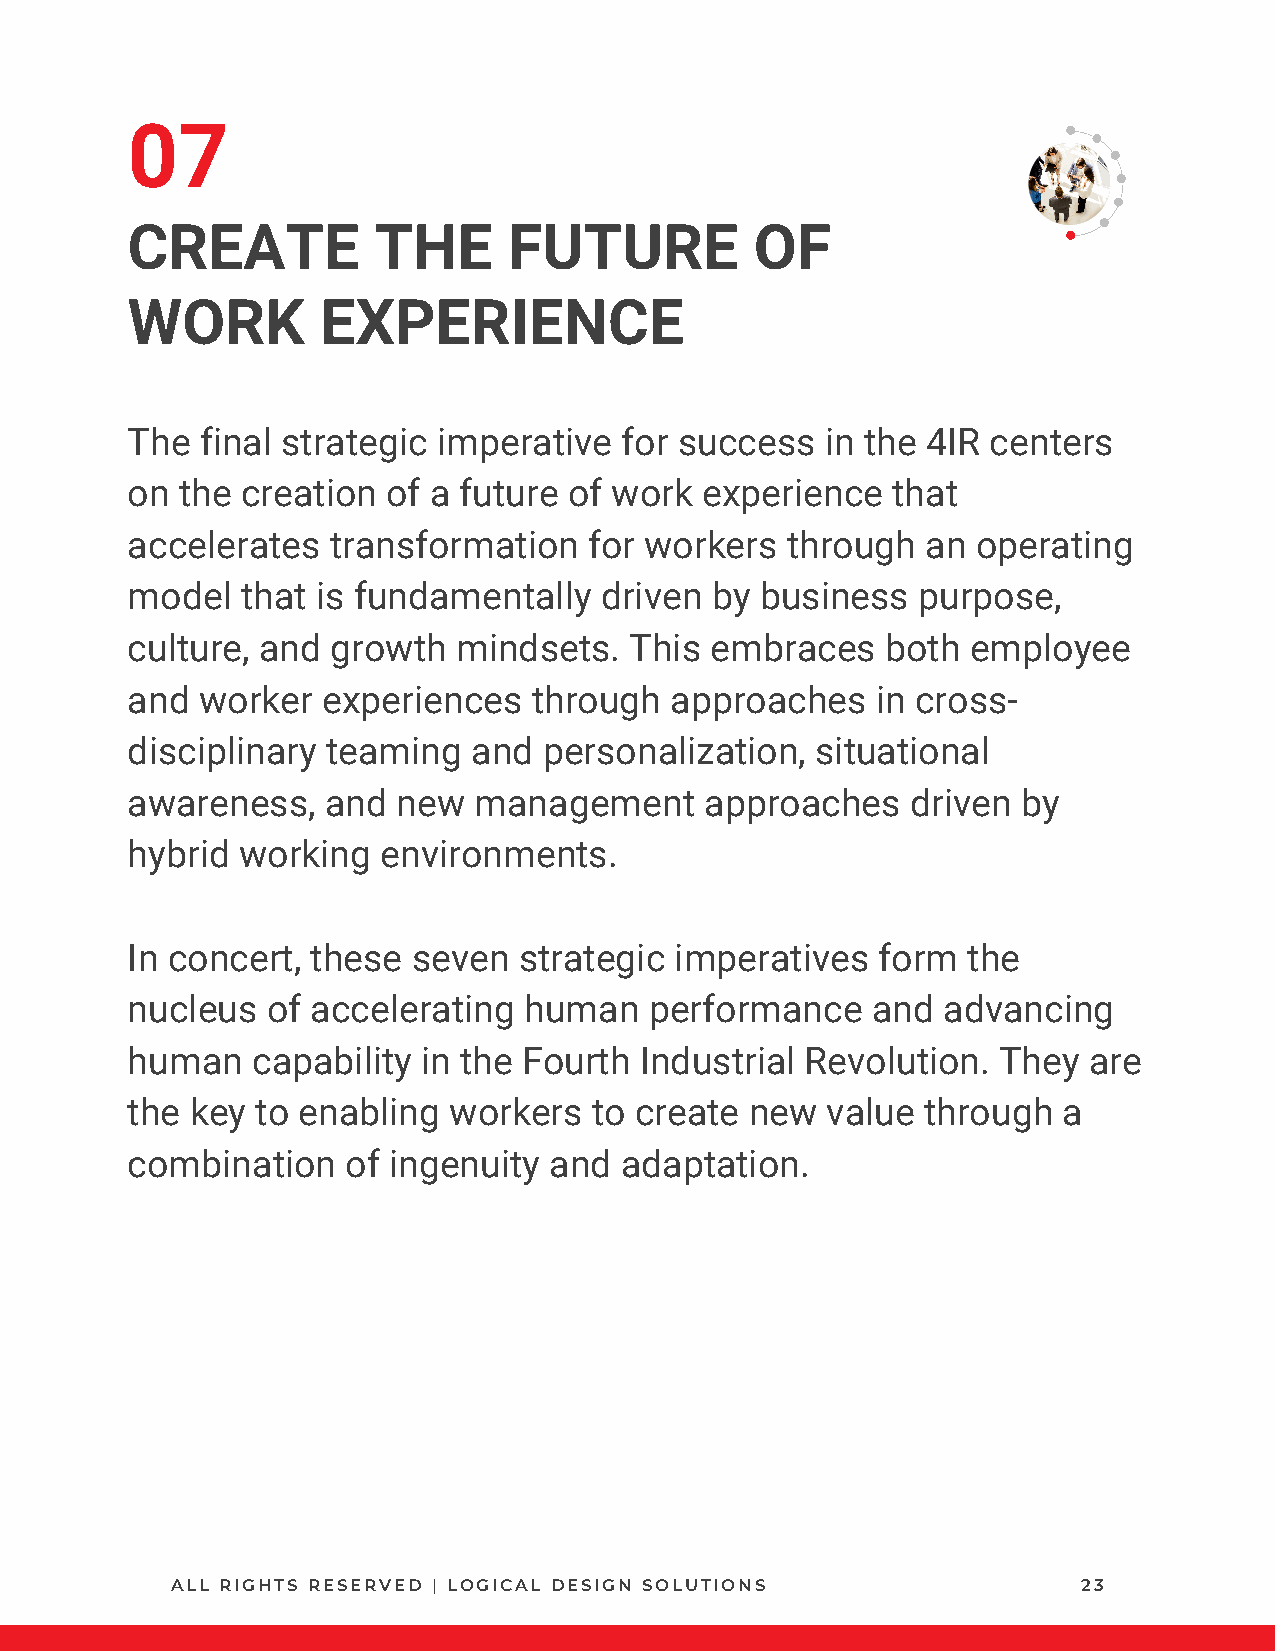
07
 CREATE           THE      FUTURE          OF
 WORK         EXPERIENCE
 The  final strategic imperative  for success   in the 4IR centers
 on  the creation  of a future of work experience   that
 accelerates   transformation   for workers  through  an  operating
 model   that is fundamentally   driven by business   purpose,
 culture, and  growth  mindsets.   This embraces    both employee
 and  worker  experiences   through  approaches    in cross-
 disciplinary  teaming  and  personalization,  situational
 awareness,    and new  management      approaches   driven  by
 hybrid  working  environments.
 In concert,  these seven  strategic  imperatives  form  the
 nucleus   of accelerating  human   performance    and advancing
 human    capability in the Fourth Industrial Revolution.  They  are
 the  key to enabling  workers  to create  new  value through  a
 combination    of ingenuity and  adaptation.
 ALL RIGHTS RESERVED | LOGICAL DESIGN SOLUTIONS               23